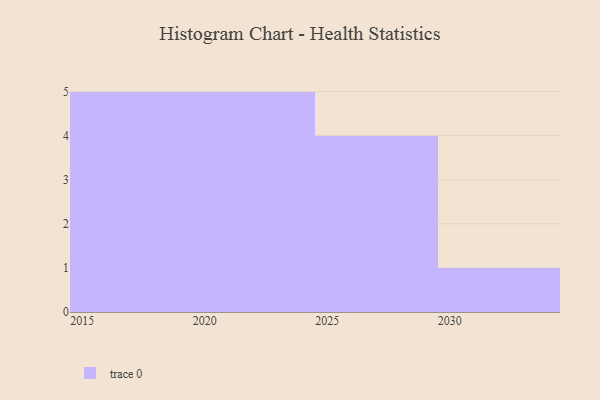
{"axis": {"x": "Year", "y": "Temperature (°C)"}, "legend": [""], "data": [{"x": "2016", "y": 58, "type": ""}, {"x": "2015", "y": 11, "type": ""}, {"x": "2028", "y": 55, "type": ""}, {"x": "2020", "y": 36, "type": ""}, {"x": "2027", "y": 79, "type": ""}, {"x": "2030", "y": 52, "type": ""}, {"x": "2023", "y": 81, "type": ""}, {"x": "2026", "y": 65, "type": ""}, {"x": "2019", "y": 39, "type": ""}, {"x": "2024", "y": 100, "type": ""}, {"x": "2018", "y": 1, "type": ""}, {"x": "2029", "y": 52, "type": ""}, {"x": "2021", "y": 22, "type": ""}, {"x": "2022", "y": 89, "type": ""}, {"x": "2017", "y": 72, "type": ""}]}